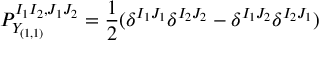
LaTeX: P _ { Y _ { ( 1 , 1 ) } } ^ { I _ { 1 } I _ { 2 } , J _ { 1 } J _ { 2 } } = \frac { 1 } { 2 } ( \delta ^ { I _ { 1 } J _ { 1 } } \delta ^ { I _ { 2 } J _ { 2 } } - \delta ^ { I _ { 1 } J _ { 2 } } \delta ^ { I _ { 2 } J _ { 1 } } )